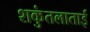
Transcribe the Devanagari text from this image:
शकुंतलाताई